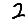
Digit: 2